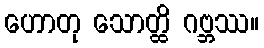
ဟောတု သောတ္ထိ ဂဗ္ဘဿ။